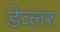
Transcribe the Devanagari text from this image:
डेव्लर